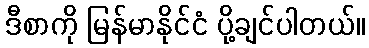
ဒီစာကို မြန်မာနိုင်ငံ ပို့ချင်ပါတယ်။